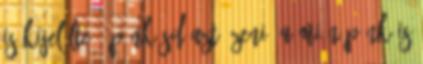
is kijelölte. „Pünkösd azt üzeni, a mi népünk is